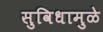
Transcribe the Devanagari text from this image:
सुविधामुळे